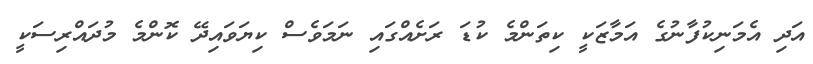
އަދި އެމަނިކުފާނުގެ އަމާޒަކީ ކިތަންމެ ކުޑަ ރަށެއްގައި ނަމަވެސް ކިޔަވައިދޭ ކޮންމެ މުދައްރިސަކީ